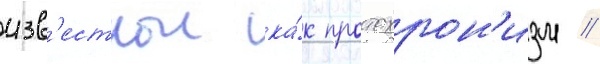
изв'естнои ка́к протохрон'изм //